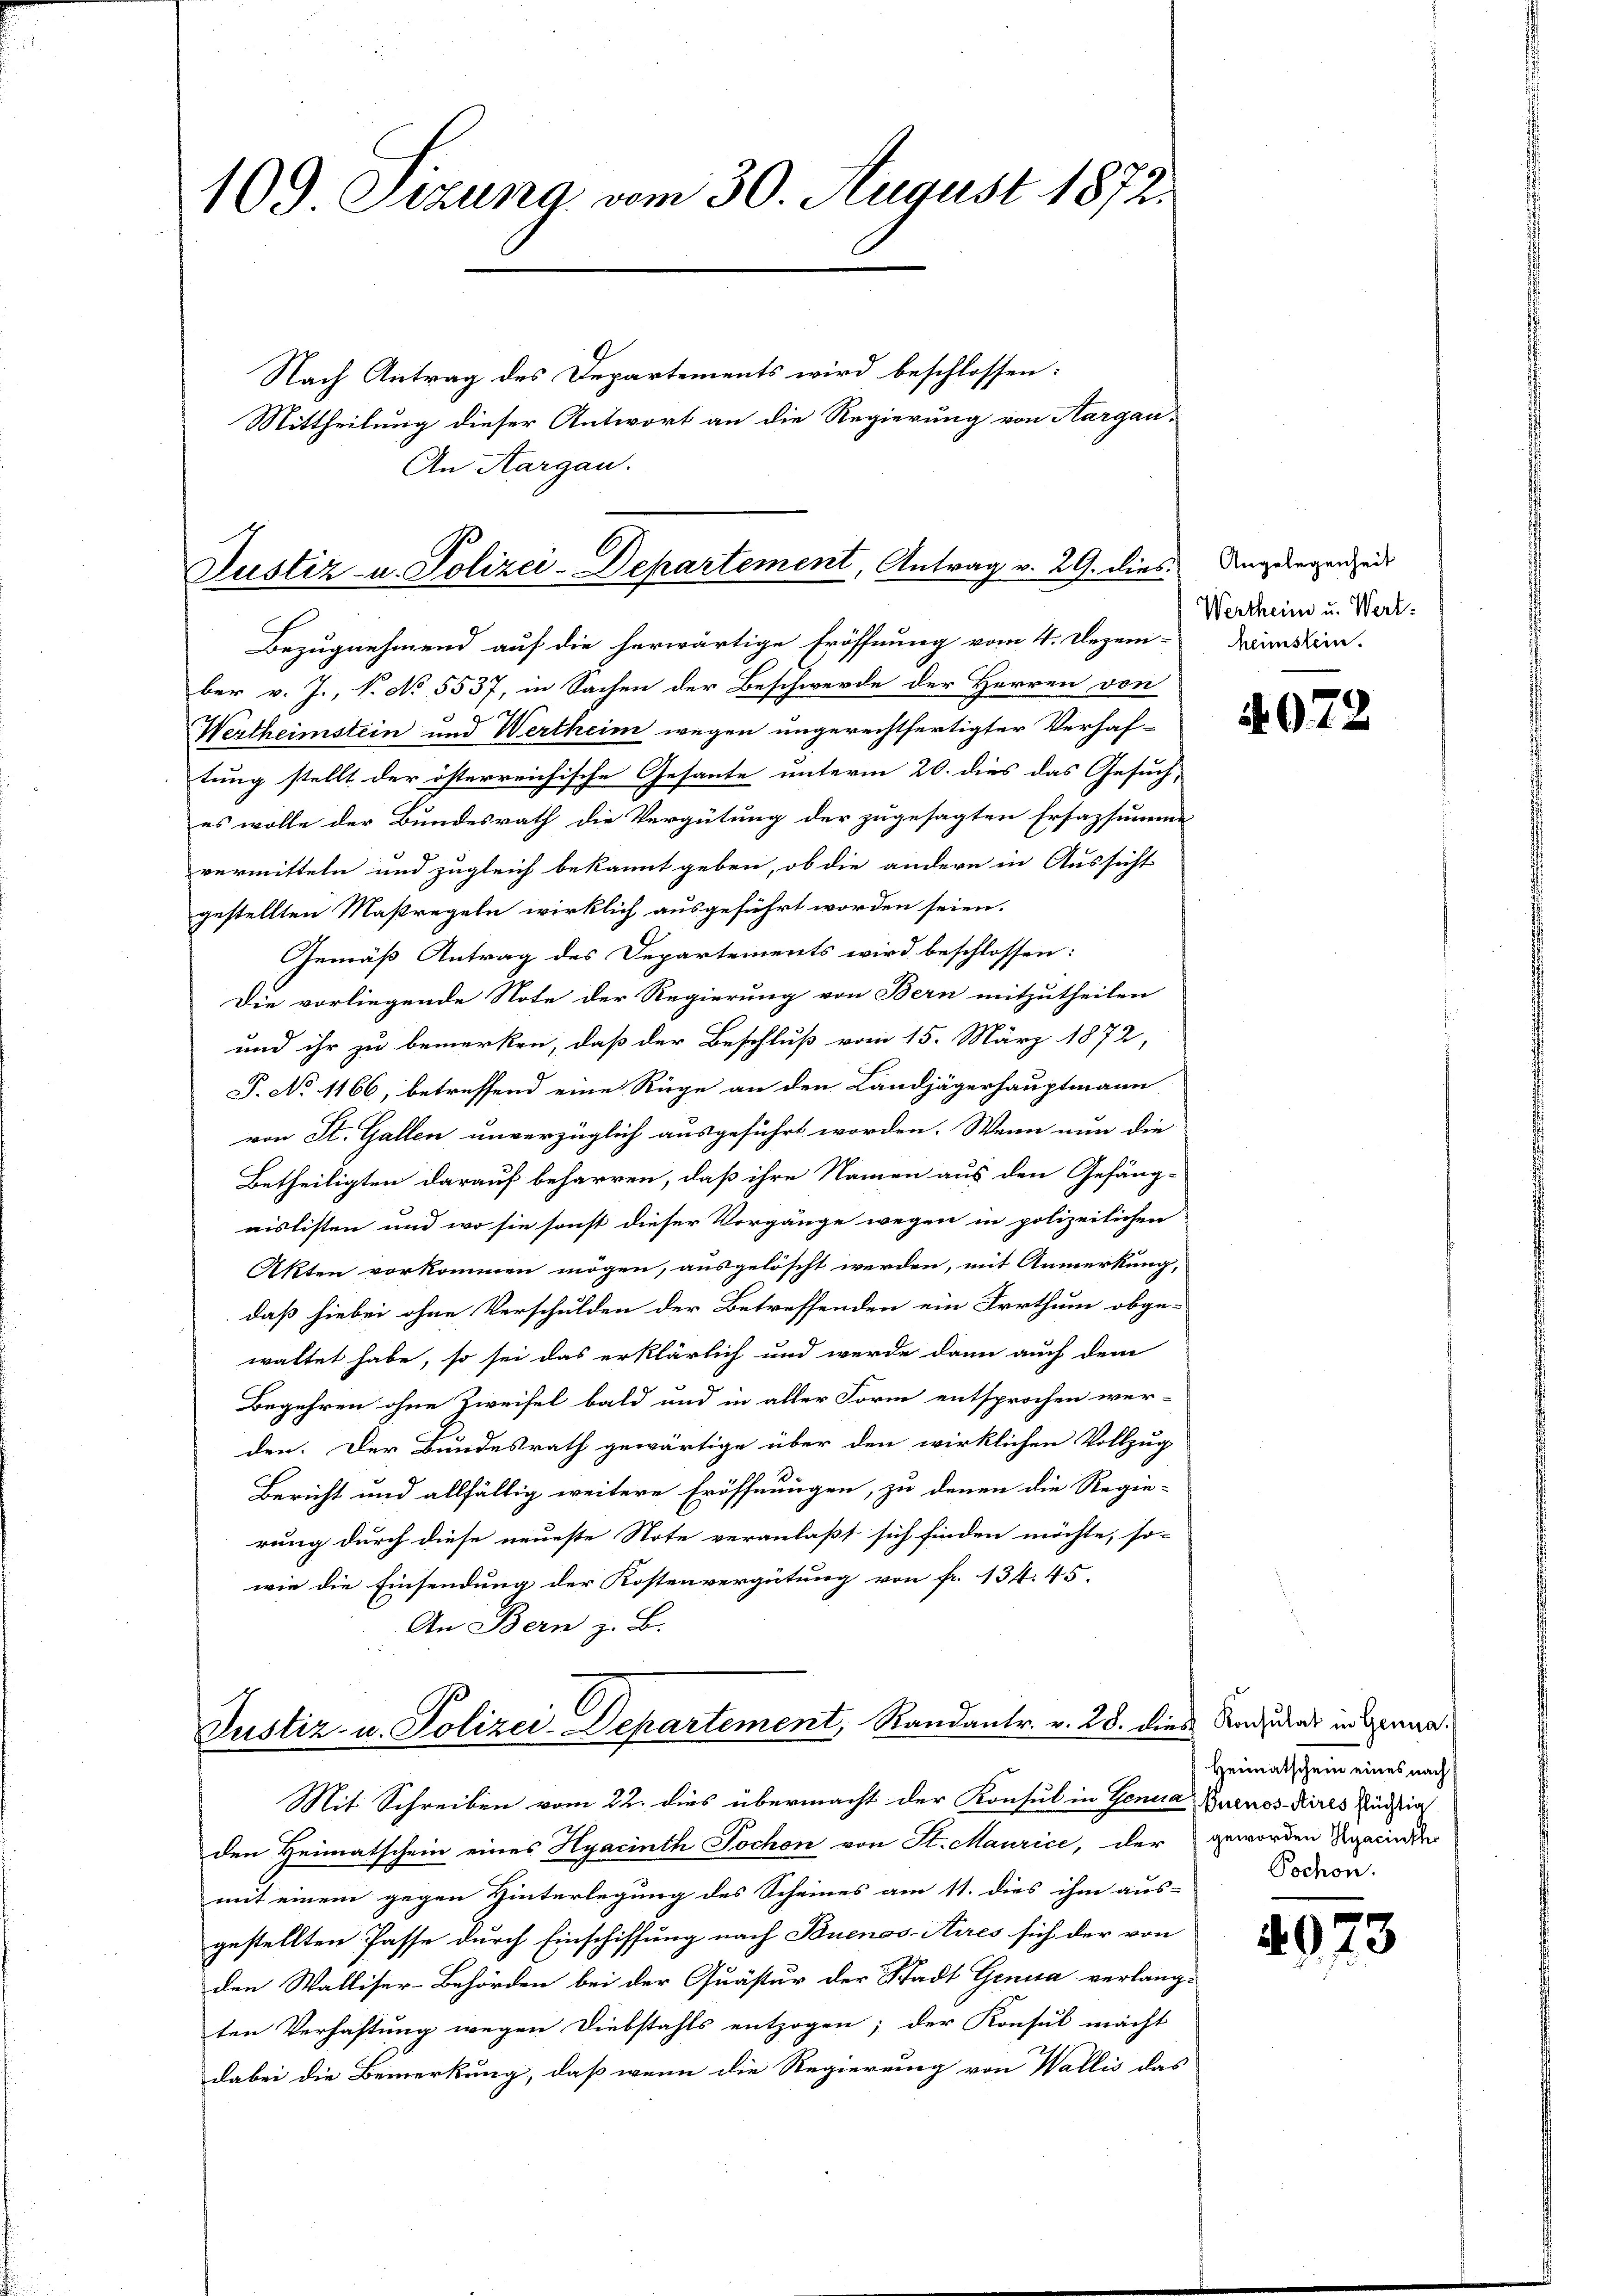
109 Setzung vom 30. August 1872.
Nach Antrag des Departements wird beschlossen:
Mittheilung dieser Antwort an die Regierung von Aargau¬
An Aargau.

Justiz- u. Polizei-Departement, Antrag v. 29. dies
Bezugnehmend auf die herwärtige Eröffnung vom 4. Dezem-

ber v. J., N. No 5537, in Sachen der Beschwerde der Herren von
Wertheimstein und Wertheim wegen ungerechtfertigter Verhaf-
tung stellt der österreichische Gesante unterm 20. dies das Gesuch
es wolle der Bundesrath die Vergütung der zugesagten Ersazsumme
vermitteln und zugleich bekannt geben, ob die andern in Aussicht
gestellten Maßregeln wirklich ausgeführt worden seien.
Gemäß Antrag des Departements wird beschlossen:
Die vorliegende Note der Regierung von Bern mitzutheilen
und ihr zu bemerken, daß der Beschluß vom 15. März 1872,
P. No 1166, betreffend eine Rüge an den Landjägerhauptmann
von St. Gallen unverzüglich ausgeführt worden. Wenn nun die
Betheiligten darauf beharren, daß ihre Namen aus den Gefäng-
nislisten und wo sie sonst dieser Vorgänge wegen in polizeilichen
Akten vorkommen mögen, ausgelöscht werden, mit Anmerkung,
daß hiebei ohne Verschulden der Betreffenden ein Irrthum obge-
waltet habe, so sei das erklärlich und werde dann auch dem
Begehren ohne Zweifel bald und in aller Form entsprochen wer-
den. Der Bundesrath gewärtige über den wirklichen Vollzug
Bericht und allfällig weitere Eröffnungen, zu denen die Regie-
rung durch diese neueste Note veranlaßt sich finden möchte, so-
wie die Einsendung der Kostenvergütung von fr. 134. 45.
An Bern z. B.

Justiz- u. Polizei-Departement, Randantr. v. 28. dies Anderes in Genan¬
Mit Schreiben vom 22. dies übermacht der Konsul in Genua Buenos- Kires Züchtig

Angelegenheit
Wertheim u. Wert.
heimstein.

den Heimatschein eines Hyacinth Jochon von St. Maurice, der geworden Spaiinden
mit einem gegen Hinterlegung des Scheines am 11. dies ihm aus-
gestellten Pässe durch Einschiffung nach Buenos-Aires sich der von
den Walliser-Behörden bei der Quästur der Stadt Genua verlang-
ten Verhaftung wegen Diebstahls entzogen; der Konsul macht
dabei die Bemerkung, daß wenn die Regierung von Wallis das

4072

Heimatschein eines nach
Pochon.

492

3